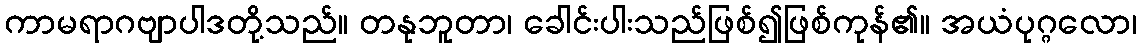
ကာမရာဂဗျာပါဒတို့သည်။ တနုဘူတာ၊ ခေါင်းပါးသည်ဖြစ်၍ဖြစ်ကုန်၏။ အယံပုဂ္ဂလော၊